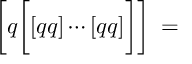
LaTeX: \biggl [ q \biggl [ [ q q ] \cdots [ q q ] \biggr ] \biggr ] \; = \; \left. \qquad \right. \special { p s f i l e = " f i g 4 . p s " v o f f s e t = - 2 8 5 h o f f s e t = - 9 0 }